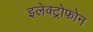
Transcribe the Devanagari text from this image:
इलेक्ट्रोफोन